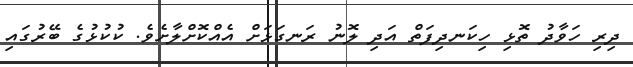
ދިރި ހަވާދު ތޮޅި ހިކަނދިފަތް އަދި ލޮނު ރަނގަޅަށް އެއްކޮށްލާށެވެ. ކުކުޅުގެ ބޭރުގައި